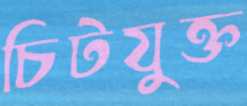
চিটযুক্ত